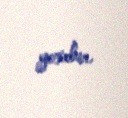
yoxdur.